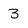
Character: 3